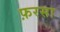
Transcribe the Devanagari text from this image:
फ़रसा